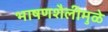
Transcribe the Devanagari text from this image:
भाषणशैलीमुळे